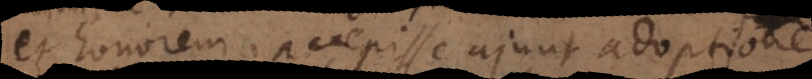
et honorem accepisse ajunt adoptione.